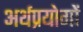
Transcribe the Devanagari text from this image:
अर्थप्रयोगों